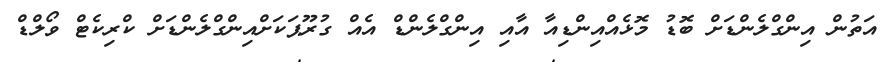
އަތުން އިންގްލެންޑަށް ބޮޑު މޮޅެއްއިންޑިއާ އާއި އިންގްލެންޑް އެއް ގުރޫޕަކަށްއިންގްލެންޑަށް ކްރިކެޓް ވޯލްޑް